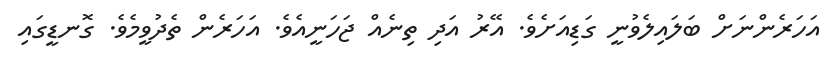
އަހަރެންނަށް ބަލައިލެވުނީ ގަޑިއަށެވެ. އޭރު އަދި ތިނެއް ޖަހަނީއެވެ. އަހަރެން ތެދުވީމެވެ. ގޮނޑީގައި